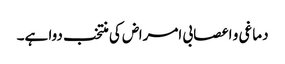
دماغی و اعصابی امراض کی منتخب دوا ہے۔